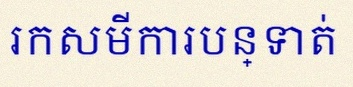
រកសមីការបន្ទាត់